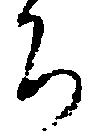
ち